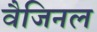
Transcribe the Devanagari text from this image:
वैजिनल